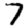
Digit: 7